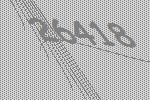
26418